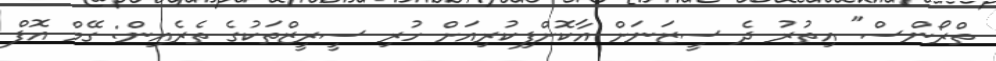
ތްރޯންސް" އިތުރު ދެ ސީޒަނަށް އާކޮށްފިކުރިއަށް ހުރި ސީރީޒްތަކުގެ ތެރެއިން: ގޭމް އޮފް